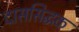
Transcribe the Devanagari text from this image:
दाससिद्धक